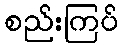
စည်းကြပ်